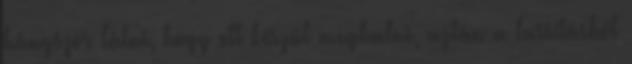
hányszor látni, hogy ott készül meghalni, aztán a lassításból